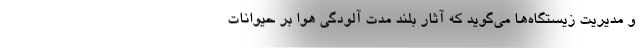
و مدیریت زیستگاه‌ها می‌گوید که آثار بلند مدت آلودگی هوا بر حیوانات